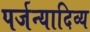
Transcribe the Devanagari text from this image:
पर्जन्यादिव्य